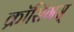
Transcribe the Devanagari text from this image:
क्रॉसिंगस्